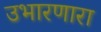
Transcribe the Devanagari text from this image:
उभारणारा